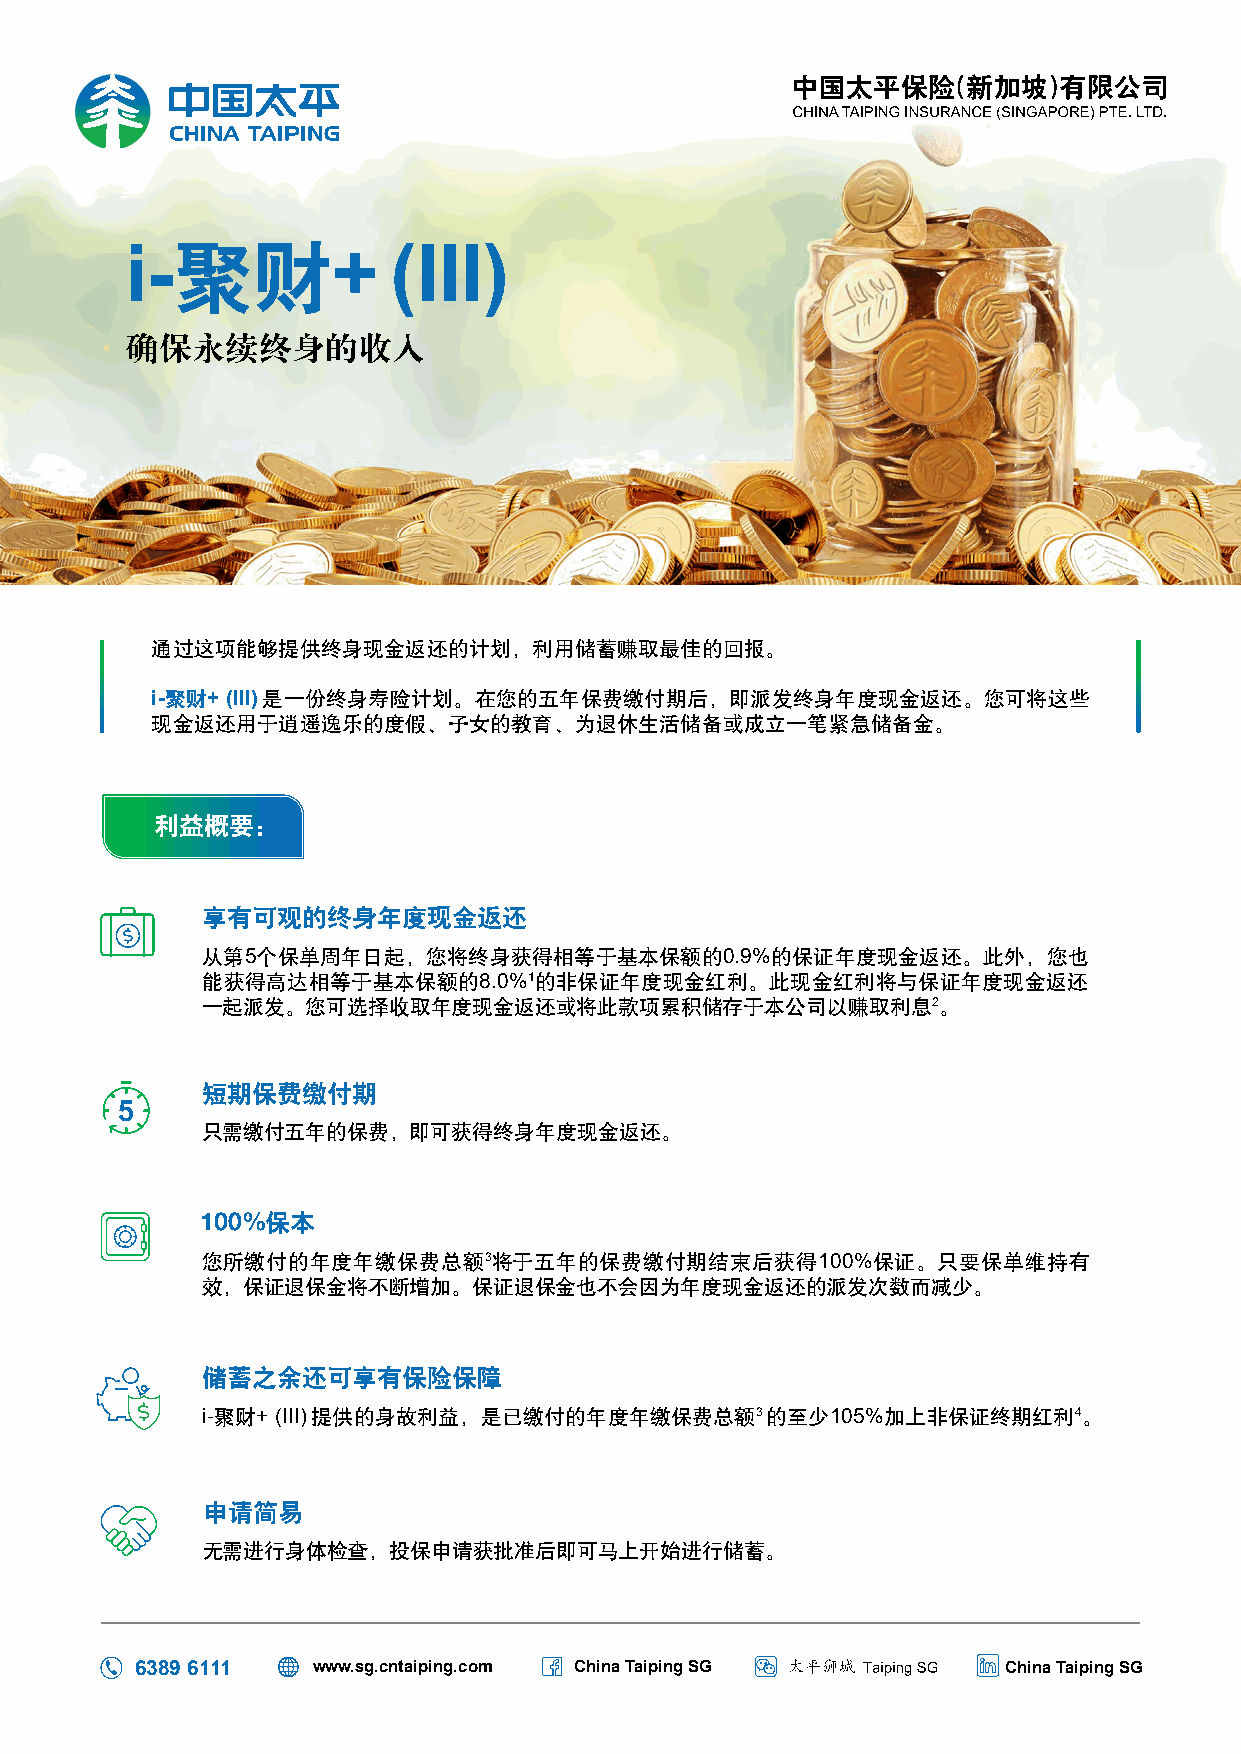
聚财
 i-            +   (III)
 确保永续终身的收入
 通过这项能够提供终身现金返还的计划，利用储蓄赚取最佳的回报。
 i-聚财+ (III)是一份终身寿险计划。在您的五年保费缴付期后，即派发终身年度现金返还。您可将这些
 现金返还用于逍遥逸乐的度假、子女的教育、为退休生活储备或成立一笔紧急储备金。
 利益概要:
 享有可观的终身年度现金返还
 从第5个保单周年日起，您将终身获得相等于基本保额的0.9%的保证年度现金返还。此外，您也
 能获得高达相等于基本保额的8.0%1的非保证年度现金红利。此现金红利将与保证年度现金返还
 一起派发。您可选择收取年度现金返还或将此款项累积储存于本公司以赚取利息2。
 短期保费缴付期
 只需缴付五年的保费，即可获得终身年度现金返还。
 保本
 您所缴付的年度年缴保费总额3将于五年的保费缴付期结束后获得100%保证。只要保单维持有
 效，保证退保金将不断增加。保证退保金也不会因为年度现金返还的派发次数而减少。
 储蓄之余还可享有保险保障
 i-聚财+(III)提供的身故利益，是已缴付的年度年缴保费总额3      的至少105%加上非保证终期红利4。
 申请简易
 无需进行身体检查，投保申请获批准后即可马上开始进行储蓄。
 6389 6111   www.sg.cntaiping.com China Taiping SG         China Taiping SG